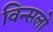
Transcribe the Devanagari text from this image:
विन्सलो